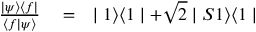
\begin{array} { r l r } { \frac { \mid \psi \rangle \langle f \mid } { \langle f \mid \psi \rangle } } & { { } = } & { \mid 1 \rangle \langle 1 \mid + \sqrt { 2 } \mid S 1 \rangle \langle 1 \mid } \end{array}